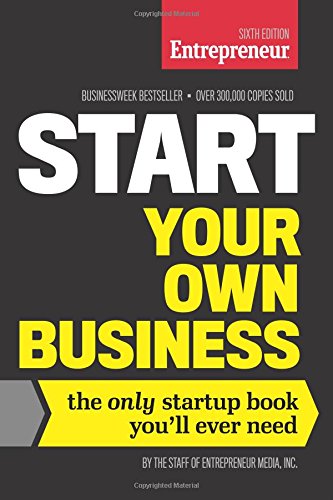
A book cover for Start Your Own Business, Sixth Edition: The Only Startup Book You'll Ever Need; The Staff of Entrepreneur Media; Business & Money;